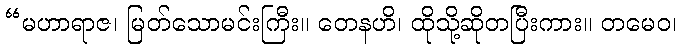
“မဟာရာဇ၊ မြတ်သောမင်းကြီး။ တေနဟိ၊ ထိုသို့ဆိုတပြီးကား။ တမေဝ၊